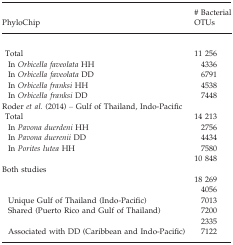
<table><thead><tr><td><b>PhyloChip</b></td><td><b># Bacterial OTUs</b></td></tr></thead><tbody><tr><td colspan="2">[EMPTY_CELL]</td></tr><tr><td> Total</td><td>11 256</td></tr><tr><td>In <i>Orbicella faveolata</i> HH</td><td>4336</td></tr><tr><td>In <i>Orbicella</i> <i>faveolata</i> DD</td><td>6791</td></tr><tr><td>In <i>Orbicella franksi</i> HH</td><td>4538</td></tr><tr><td>In <i>Orbicella franksi</i> DD</td><td>7448</td></tr><tr><td colspan="2">Roder <i>et al</i>. (2014) – Gulf of Thailand, Indo-Pacific</td></tr><tr><td> Total</td><td>14 213</td></tr><tr><td>In <i>Pavona duerdeni</i> HH</td><td>2756</td></tr><tr><td>In <i>Pavona duerenii</i> DD</td><td>4434</td></tr><tr><td>In <i>Porites lutea</i> HH</td><td>7580</td></tr><tr><td>[EMPTY_CELL]</td><td>10 848</td></tr><tr><td colspan="2">Both studies</td></tr><tr><td>[EMPTY_CELL]</td><td>18 269</td></tr><tr><td>[EMPTY_CELL]</td><td>4056</td></tr><tr><td>Unique Gulf of Thailand (Indo-Pacific)</td><td>7013</td></tr><tr><td>Shared (Puerto Rico and Gulf of Thailand)</td><td>7200</td></tr><tr><td>[EMPTY_CELL]</td><td>2335</td></tr><tr><td>Associated with DD (Caribbean and Indo-Pacific)</td><td>7122</td></tr></tbody></table>